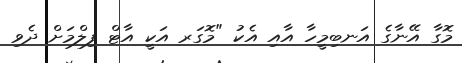
މޮގާ އޭނާގެ އަނބިމީހާ އާއި އެކު "މޮގަރ އަކީ އާޓް ފިލްމަށް ދެވި